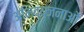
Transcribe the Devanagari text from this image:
अभिव्यंजनाओं